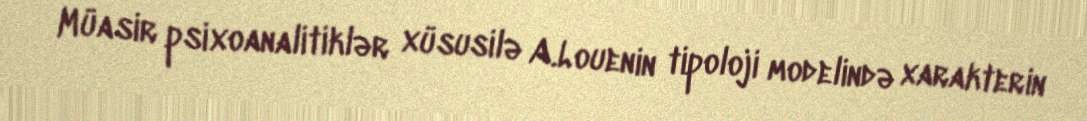
Müasir psixoanalitiklər xüsusilə A.Louenin tipoloji modelində xarakterin